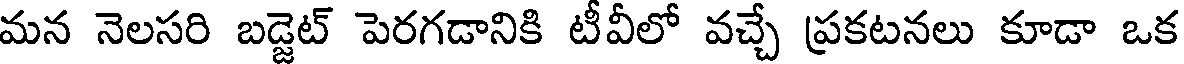
మన నెలసరి బడ్జెట్ పెరగడానికి టీవీలో వచ్చే ప్రకటనలు కూడా ఒక